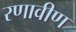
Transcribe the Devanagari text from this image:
रणावीण